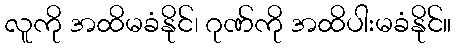
လူကို အထိမခံနိုင်၊ ဂုဏ်ကို အထိပါးမခံနိုင်။